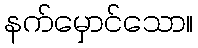
နက်မှောင်သော။